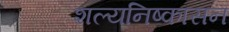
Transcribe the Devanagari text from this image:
शल्यनिष्कासन